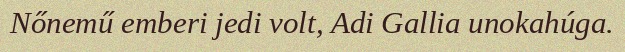
Nőnemű emberi jedi volt, Adi Gallia unokahúga.